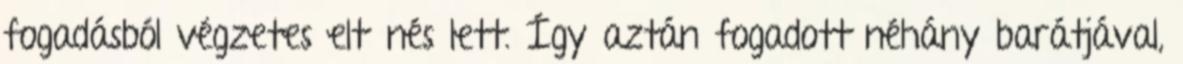
fogadásból végzetes eltűnés lett. Így aztán fogadott néhány barátjával,